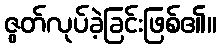
ဇွတ်လုပ်ခဲ့ခြင်းဖြစ်၏။